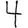
Digit: 4